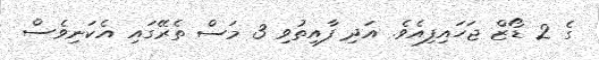
ގެ 2 ޑޯޒް ޖަހައިފިއެވެ. އަދި ފާއިތުވި 3 މަސް ތެރޭގައި އެކަނިވެސް